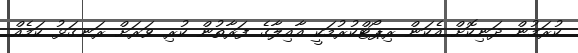
ކުރަމުން ދަނިކޮށް އެކަން ރިޕޯޓްކުރުމަކީ އާއިލާގެ ފަރާތުން ކުރި ވަރަށް ރަނގަޅު ކަމެއް